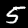
Label: 5